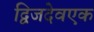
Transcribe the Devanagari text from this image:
द्विजदेवएक